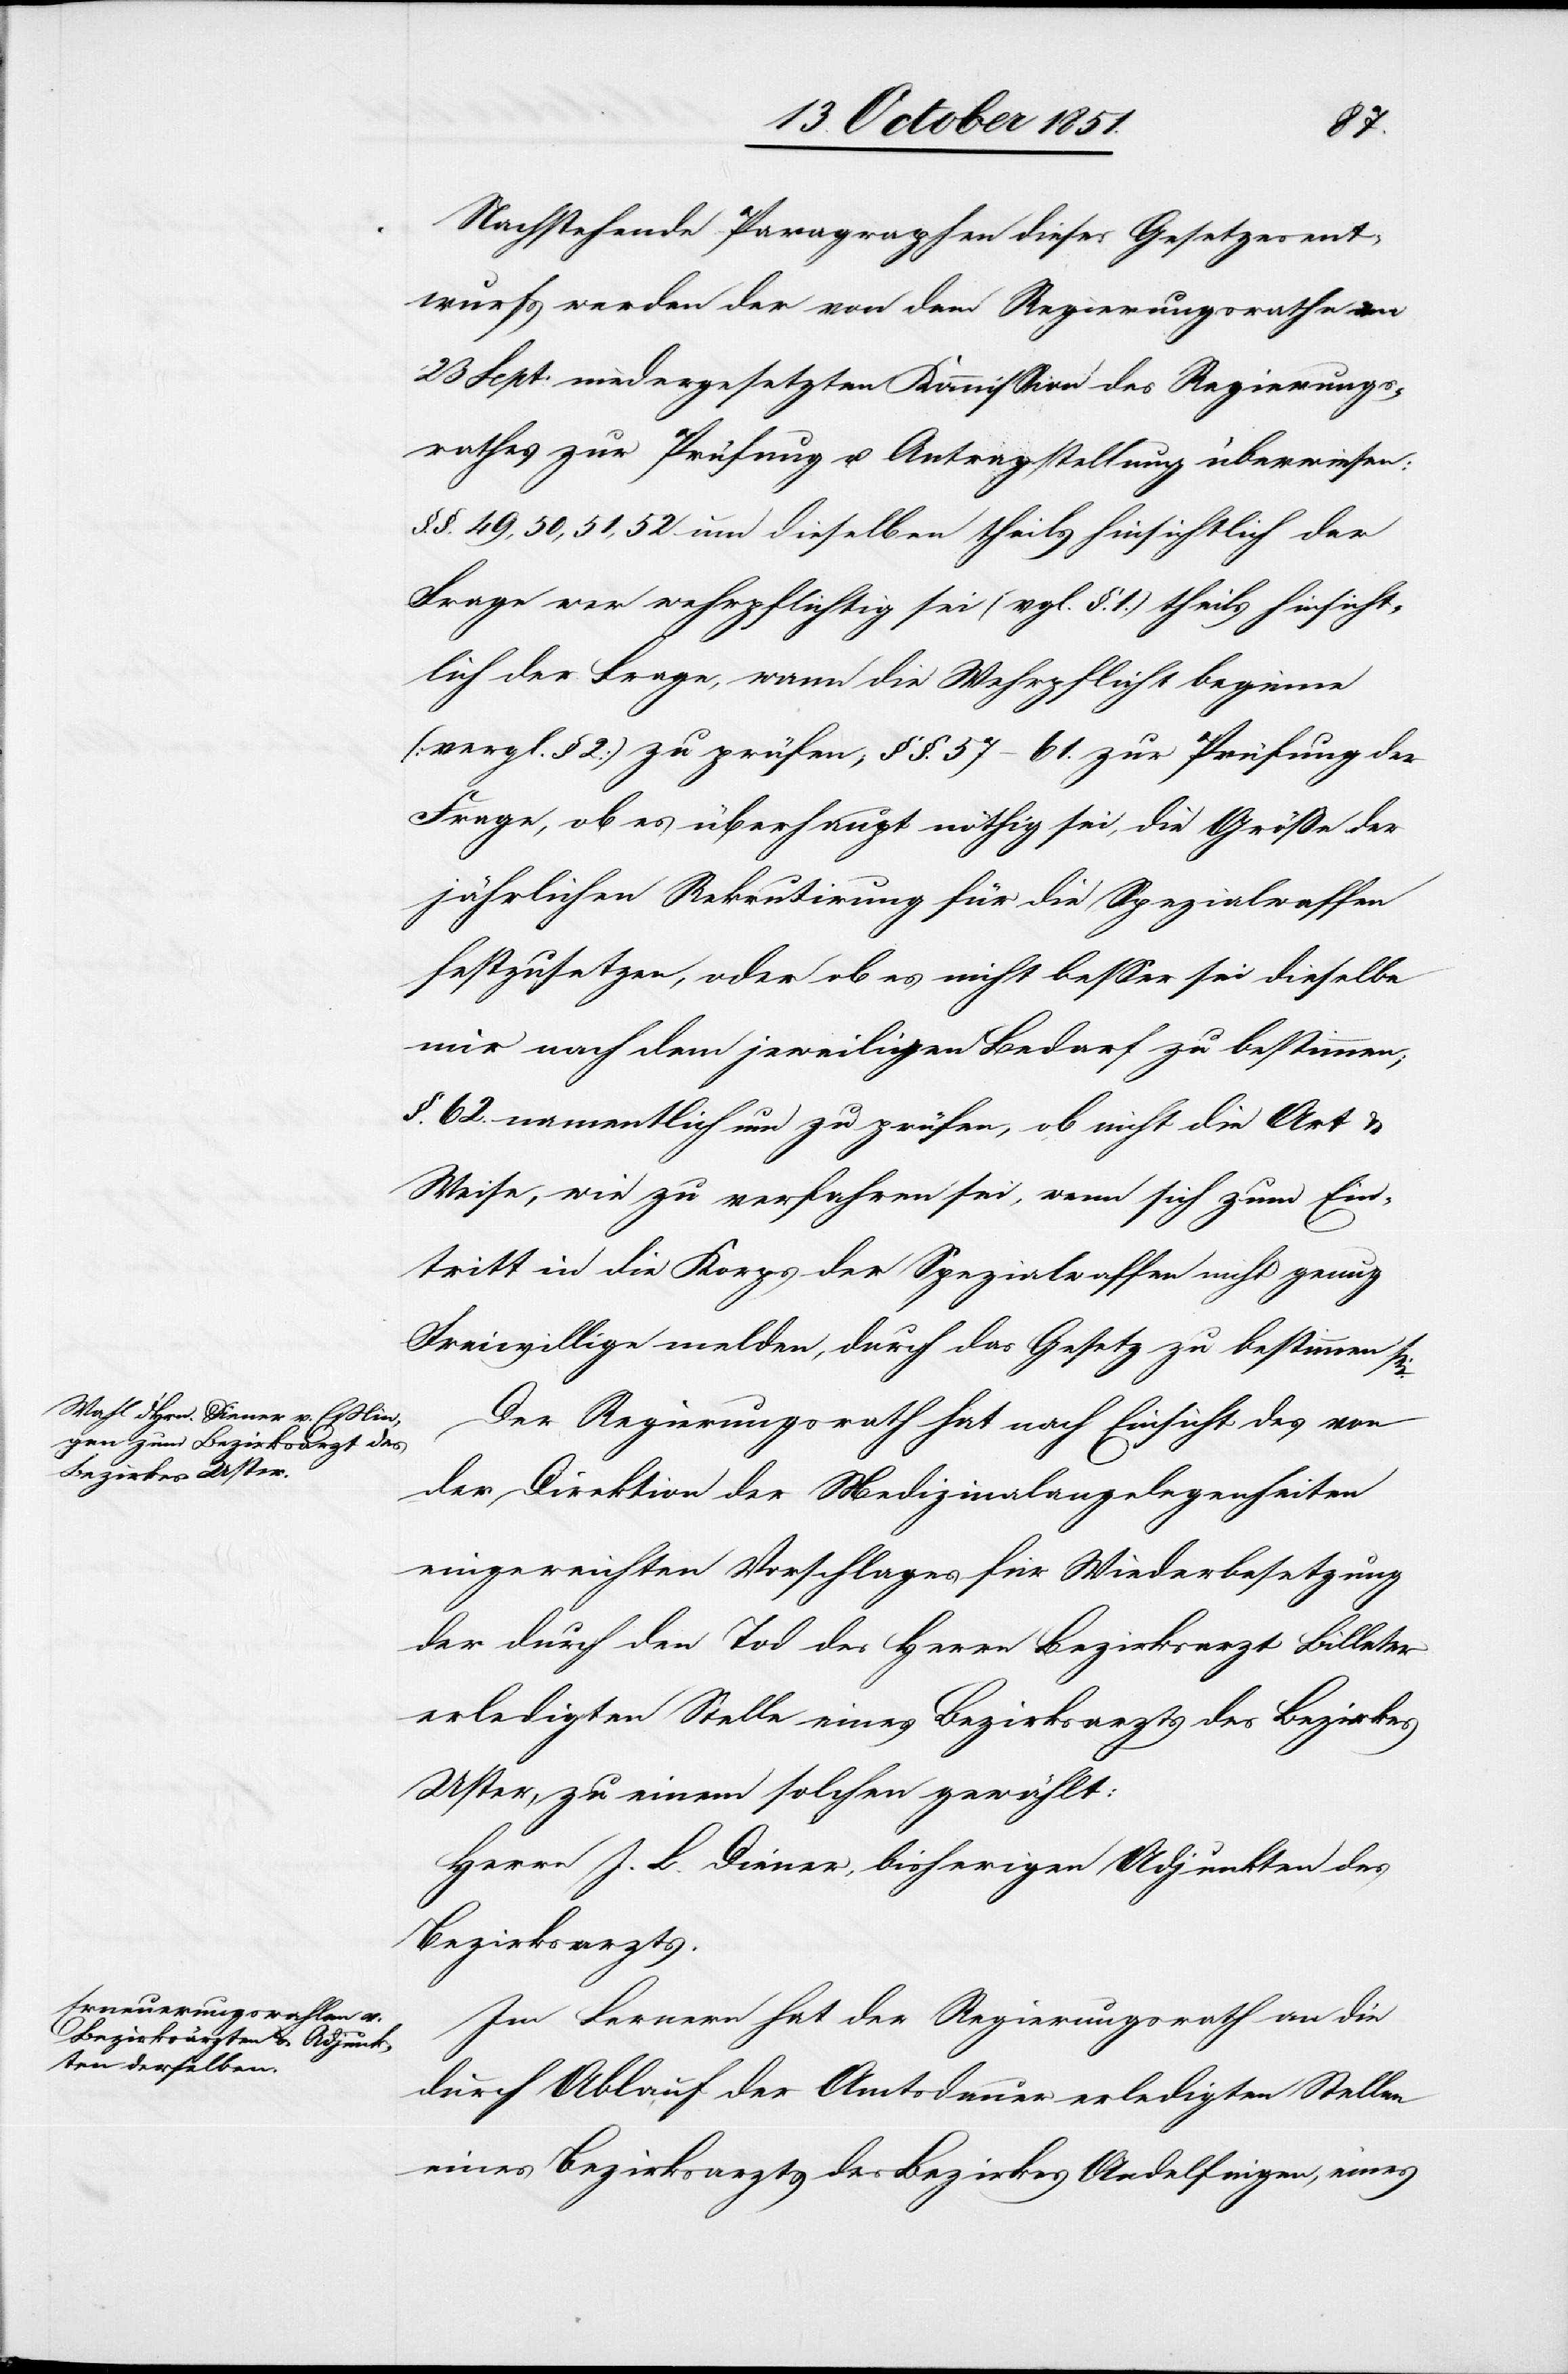
Nachstehende Paragraphen dieses Gesetzesent¬
wurfs werden der von dem Regierungsrathe am
23 Sept: niedergesetzten Kommission des Regierungs¬
rathes zur Prüfung u. Antragstellung überwiesen:
§. §. 49, 50, 51, 52 um dieselben theils hinsichtlich der
Frage wer wehrpflichtig sei (vgl. §. 1.) theils hinsicht¬
lich der Frage, wann die Wehrpflicht beginne
(vergl. § 2) zu prüfen; §§. 57–61. zur Prüfung der
Frage, ob es überhaupt nöthig sei, die Größe der
jährlichen Rekrutirung für die Spezialwaffen
festzusetzen, oder ob es nicht besser sei dieselbe
nur nach dem jeweiligen Bedarf zu bestimmen;
§. 62. namentlich um zu prüfen, ob nicht die Art &
Weise, wie zu verfahren sei, wenn sich zum Ein¬
tritt in die Korps der Spezialwaffen nicht genug
Freiwillige melden, durch das Gesetz zu bestimmen sei.
Der Regierungsrath hat nach Einsicht des von
der Direktion der Medizinalangelegenheiten
eingereichten Vorschlages für Wiederbesetzung
der durch den Tod des Herrn Bezirksarzt Billeter
erledigten Stelle eines Bezirksarzts des Bezirkes
Uster, zu einem solchen gewählt:
Herrn J. L. Diener, bisherigen Adjunkten des
Bezirksarzts.
Im Fernern hat der Regierungsrath an die
durch Ablauf der Amtsdauer erledigten Stellen
eines Bezirksarzts des Bezirkes Andelfingen, eines